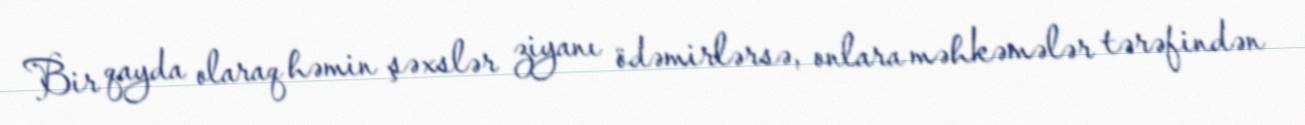
Bir qayda olaraq həmin şəxslər ziyanı ödəmirlərsə, onlara məhkəmələr tərəfindən